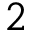
2